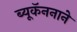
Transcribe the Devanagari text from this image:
ब्यूकॅननाने